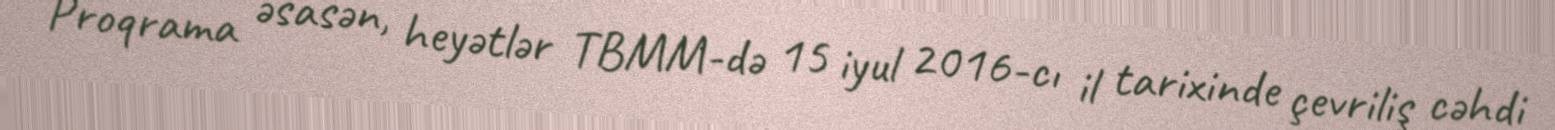
Proqrama əsasən, heyətlər TBMM-də 15 iyul 2016-cı il tarixinde çevriliş cəhdi